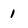
Character: 1